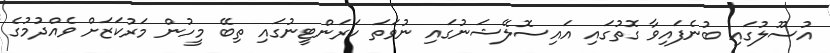
އުސޫލުގައި ބުނެފައިވާ ގޮތުގައި އައިސޮލޭޝަނުގައި ނުވަތަ ކަރަންޓީނުގައި ތިބޭ މީހުން މަރުކަޒަށް ވެއްދުމުގެ